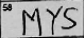
Transcription: MYS